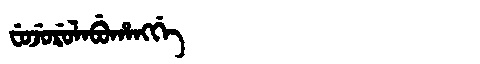
Manchu: ᠸᡠᠵᡠᡵᡠᠯᠠᠪᡠᡥᠠᠩᡤᡝ
Romanization: FUJURULABUHANGGE